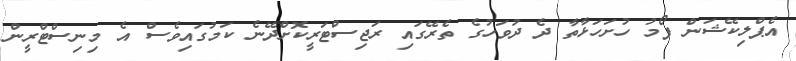
އެޕްލިކޭޝަން ފޯމު ހުށަހަޅާތާ ދެ ދުވަހުގެ ތެރޭގައި ރަޖިސްޓަރީކޮށްދޭނެ ކަމުގައިވެސް އެ މިނިސްޓްރީން